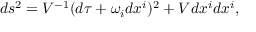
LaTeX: d s ^ { 2 } = V ^ { - 1 } ( d \tau + \omega _ { i } d x ^ { i } ) ^ { 2 } + V d x ^ { i } d x ^ { i } ,